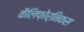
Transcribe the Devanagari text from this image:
कैलिफ़ोर्निकस